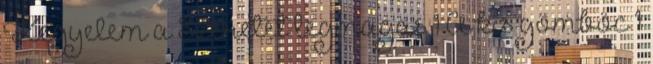
Kegyelem a Szeretet legmagas 1 A kis gömböc 1